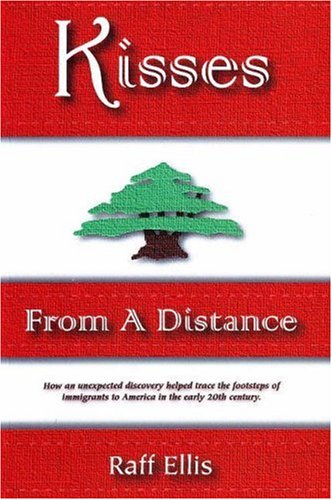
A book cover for Kisses From a Distance (Bridge Between Cultures Series); Raff Ellis; Travel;